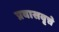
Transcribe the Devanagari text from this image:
प्रवासवृत्ते